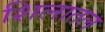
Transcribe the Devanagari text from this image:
शिलातल